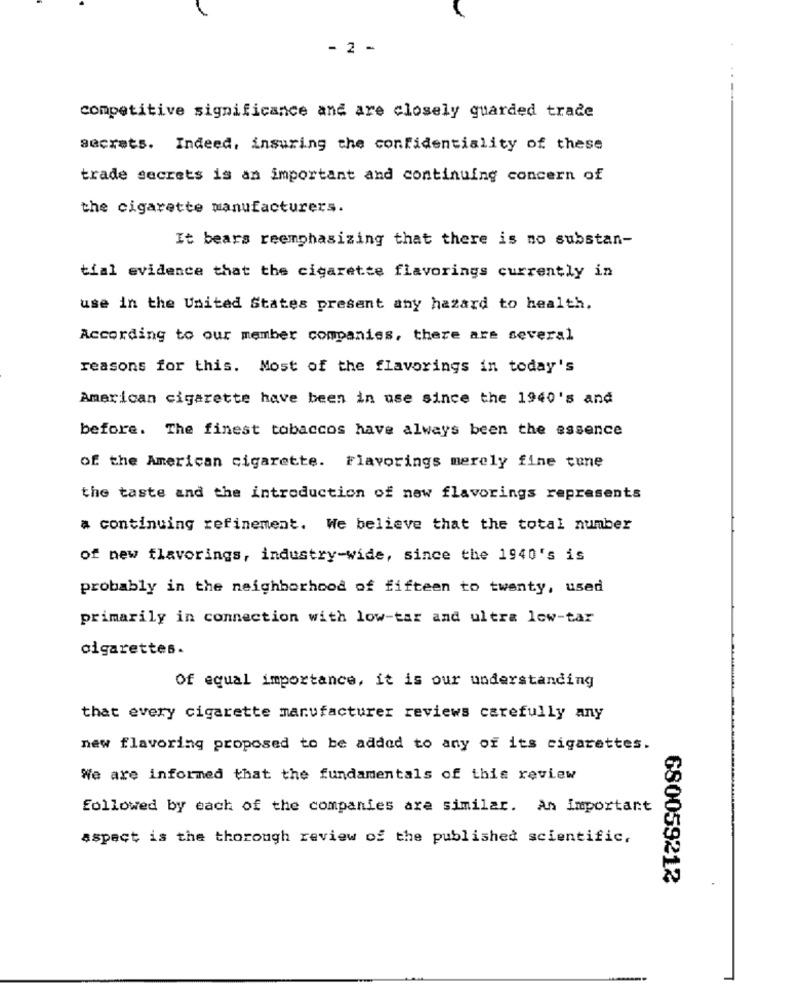
- 2 -
competitive significance and are closely guarded trade
secrets. Indeed, insuring the confidentiality of these
trade secrets is an important and continuing concern of
the cigarette manufacturers.
It bears reemphasizing that there is no substan-
tial evidence that the cigarette flavorings currently in
use in the United States present any hazard to health.
According to our member companies, there are several
reasons for this. Most of the flavorings in today's
American cigarette have been in use since the 1940's and
before. The finest tobaccos have always been the essence
of the American cigarette. Flavorings merely fine tune
the taste and the introduction of new flavorings represents
a continuing refinement. We believe that the total number
of new flavorings, industry-wide, since the 1940's is
probably in the neighborhood of fifteen to twenty, used
primarily in connection with low-tar and ultra low-tar
cigarettes.
Of equal importance, it is our understanding
that every cigarette manufacturer reviews carefully any
new flavoring proposed to be added to any of its cigarettes.
We are informed that the fundamentals of this review
followed by each of the companies are similar. An important
aspect is the thorough review of the published scientific,
680059212